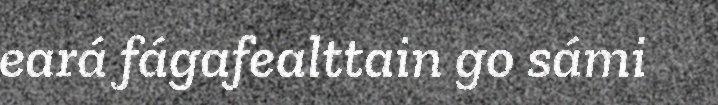
eará fágafealttain go sámi